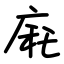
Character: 㢉